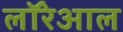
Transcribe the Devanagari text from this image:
लॉरेआल